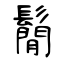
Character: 鬜